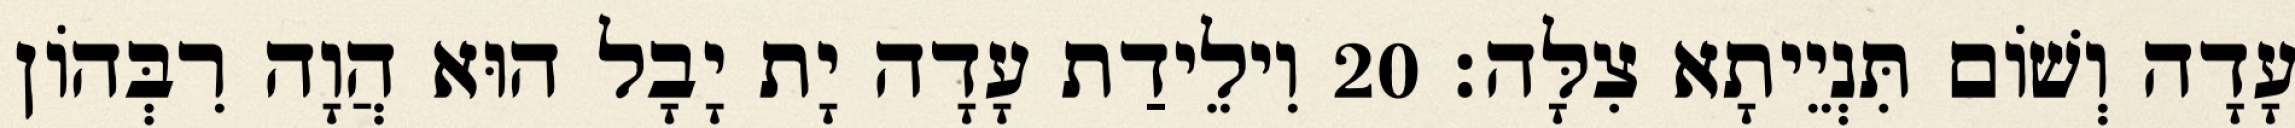
עָדָה וְשׁוֹם תִּנְיֵיתָא צִלָּה׃ 20 וִילֵידַת עָדָה יָת יָבָל הוּא הֲוָה רִבְּהוֹן